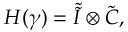
H ( \gamma ) = \tilde { \tilde { { \cal I } } } \otimes \tilde { { \cal C } } ,